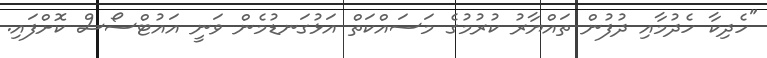
"ހެދިކާ ހެދުމާއި ދުފުން ތައްޔާރު ކުރުމުގެ މަސައްކަތް އަޅުގަނޑުމެން ވަނީ އައުޓްސޯސް ކޮށްފައި.